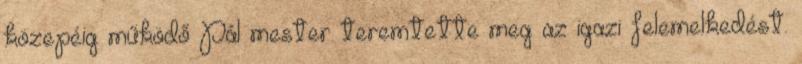
közepéig működő Pál mester teremtette meg az igazi felemelkedést.